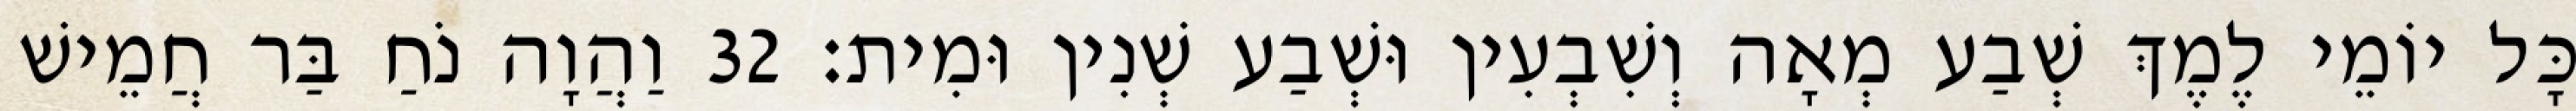
כָּל יוֹמֵי לֶמֶךְ שְׁבַע מְאָה וְשִׁבְעִין וּשְׁבַע שְׁנִין וּמִית׃ 32 וַהֲוָה נֹחַ בַּר חֲמֵישׁ